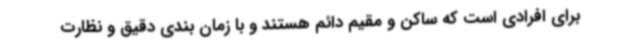
برای افرادی است که ساکن و مقیم دائم هستند و با زمان بندی دقیق و نظارت